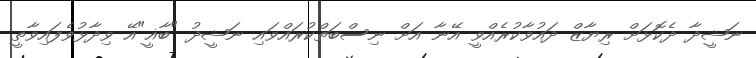
ނަޝީދާ ދެކޮޅަށް ރިޔާޒް ދައުވާކުރެއްވީ އޭނާ އަށް ނިސްބަތްކުރައްވައި ނަޝީދު "ބާޣީ"އޭ ވިދާޅުވެފައިވާތީ